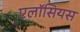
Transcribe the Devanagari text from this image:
एलॉसियस